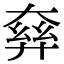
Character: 𡙘